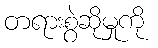
တရားစွဲဆိုမှုကို